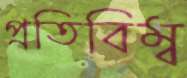
প্রতিবিম্ব